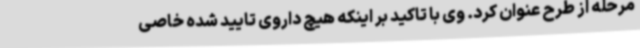
مرحله از طرح عنوان کرد. وی با تاکید بر اینکه هیچ داروی تایید شده خاصی